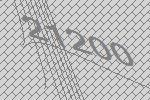
21200